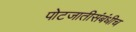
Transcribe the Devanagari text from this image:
पोटजातीसंबंधीच